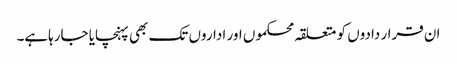
ان قرار دادوں کو متعلقہ محکموں اور اداروں تک بھی پہنچایا جارہاہے۔